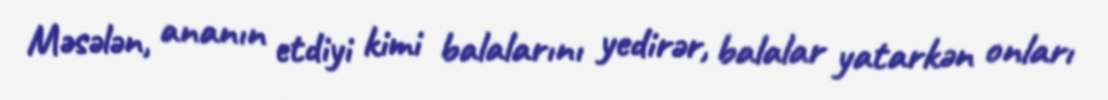
Məsələn, ananın etdiyi kimi balalarını yedirər, balalar yatarkən onları